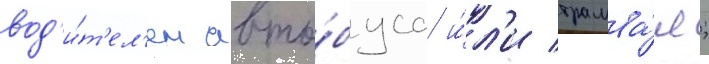
вод'и́т'ел'ем авто́буса и́л'и трамва́я;